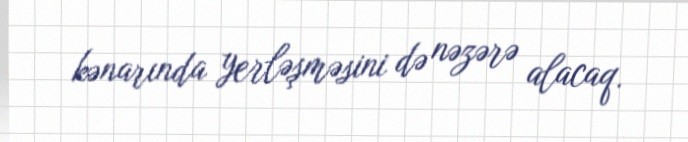
kənarında yerləşməsini də nəzərə alacaq.